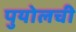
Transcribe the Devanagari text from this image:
पुयोलची